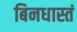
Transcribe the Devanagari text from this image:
बिनधास्तं